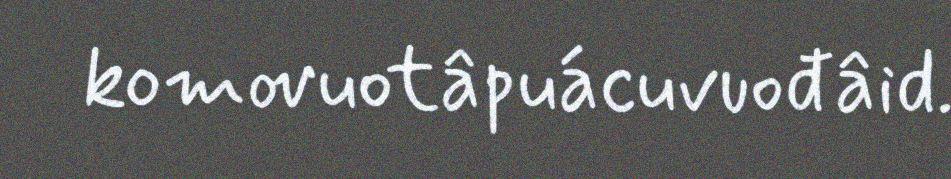
komovuotâpuácuvuođâid.